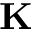
\ensuremath \mathbf { K }